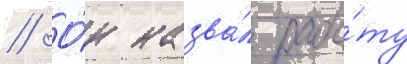
// О́н назва́л рабо́ту